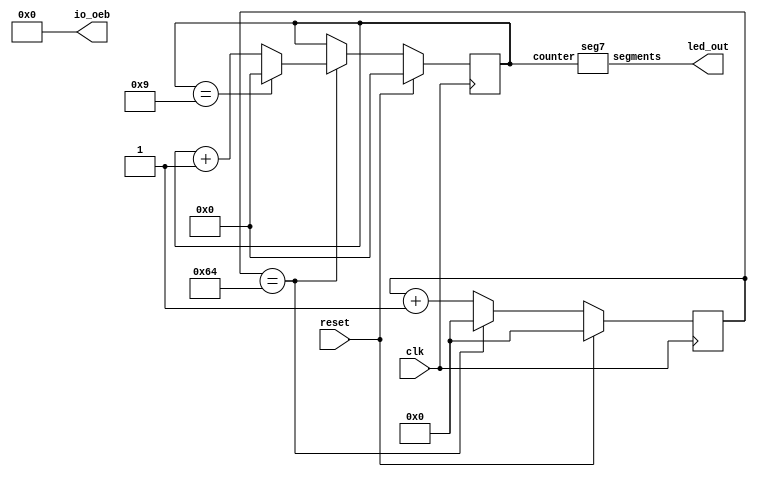
`default_nettype none

module seven_segment_seconds (
`ifdef USE_POWER_PINS
    inout vccd1,	// User area 1 1.8V supply
    inout vssd1,	// User area 1 digital ground
`endif
    input wire clk,
    input wire reset,
    output wire [6:0] led_out,
    output wire [6:0] io_oeb
);

    assign io_oeb = 7'b0000000;
    // external clock is 16MHz, so need 24 bit counter
    reg [23:0] second_counter;
    reg [3:0] digit;

    `ifdef COCOTB_SIM
        initial begin
            $dumpfile ("seven_segment_seconds.vcd");
            $dumpvars (0, seven_segment_seconds);
            #1;
        end
        localparam MAX_COUNT = 100;
    `else
        localparam MAX_COUNT = 100;
    `endif


    always @(posedge clk) begin
        // if reset, set counter to 0
        if (reset) begin
            second_counter <= 0;
            digit <= 0;
        end else begin
            // if up to 16e6
            if (second_counter == MAX_COUNT) begin
                // reset
                second_counter <= 0;

                // increment digit
                digit <= digit + 1'b1;

                // only count from 0 to 9
                if (digit == 9)
                    digit <= 0;

            end else
                // increment counter
                second_counter <= second_counter + 1'b1;
        end
    end

    // instantiate segment display
    seg7 seg7(.counter(digit), .segments(led_out));

endmodule

/*
      -- 1 --
     |       |
     6       2
     |       |
      -- 7 --
     |       |
     5       3
     |       |
      -- 4 --
*/

module seg7 (
    input wire [3:0] counter,
    output reg [6:0] segments
);

    always @(*) begin
        case(counter)
            //                7654321
            0:  segments = 7'b0111111;
            1:  segments = 7'b0000110;
            2:  segments = 7'b1011011;
            3:  segments = 7'b1001111;
            4:  segments = 7'b1100110;
            5:  segments = 7'b1101101;
            6:  segments = 7'b1111100;
            7:  segments = 7'b0000111;
            8:  segments = 7'b1111111;
            9:  segments = 7'b1100111;
            default:    
                segments = 7'b0000000;
        endcase
    end

endmodule